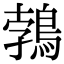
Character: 鵓